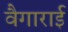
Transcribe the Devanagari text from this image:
वैगाराई